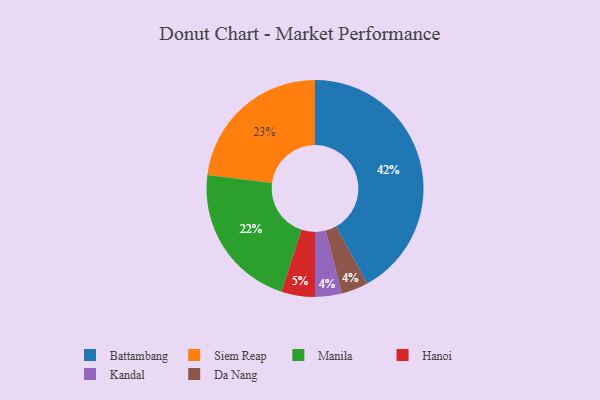
{"axis": {"x": "Category", "y": "Percentage"}, "legend": ["Battambang", "Da Nang", "Hanoi", "Kandal", "Manila", "Siem Reap"], "data": [{"x": "Kandal", "y": 4, "type": "Kandal"}, {"x": "Battambang", "y": 42, "type": "Battambang"}, {"x": "Hanoi", "y": 5, "type": "Hanoi"}, {"x": "Siem Reap", "y": 23, "type": "Siem Reap"}, {"x": "Da Nang", "y": 4, "type": "Da Nang"}, {"x": "Manila", "y": 22, "type": "Manila"}]}